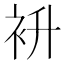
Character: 𮕭